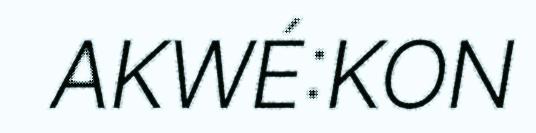
AKWÉ:KON